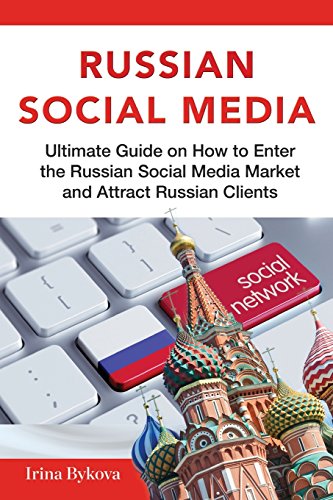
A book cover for RUSSIAN SOCIAL MEDIA; Irina Bykova; Computers & Technology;